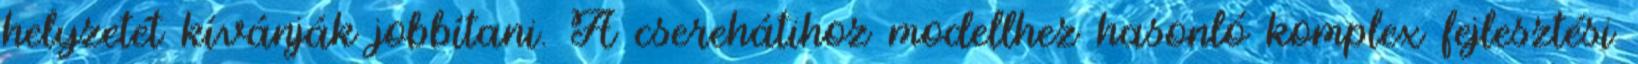
helyzetét kívánják jobbítani. A cserehátihoz modellhez hasonló komplex fejlesztési